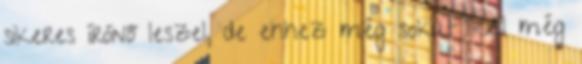
sikeres írónő leszel, de ehhez még sokat kell még